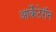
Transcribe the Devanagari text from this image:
आर्केंटेरॉन